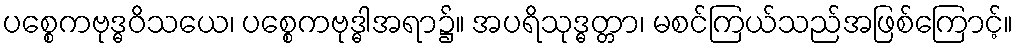
ပစ္စေကဗုဒ္ဓဝိသယေ၊ ပစ္စေကဗုဒ္ဓါအရာ၌။ အပရိသုဒ္ဓတ္တာ၊ မစင်ကြယ်သည်အဖြစ်ကြောင့်။